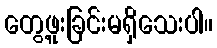
တွေ့ဖူးခြင်းမရှိသေးပါ။